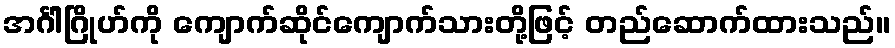
အင်္ဂါဂြိုဟ်ကို ကျောက်ဆိုင်ကျောက်သားတို့ဖြင့် တည်ဆောက်ထားသည်။